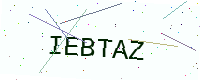
Text: IEBTAZ